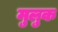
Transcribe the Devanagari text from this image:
मुलुक